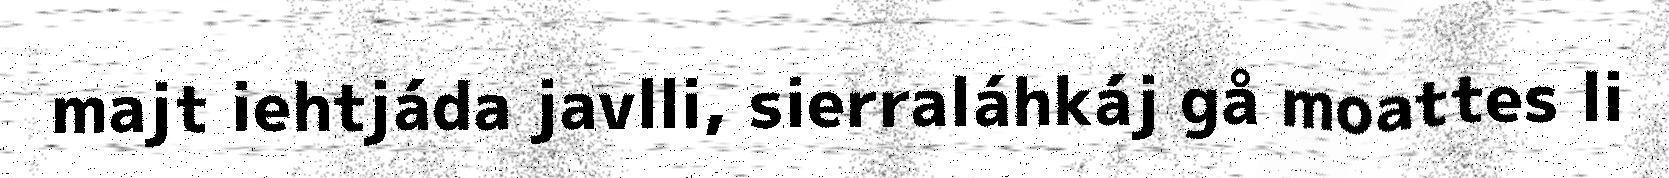
majt iehtjáda javlli, sierraláhkáj gå moattes li